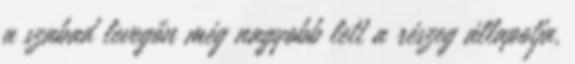
a szabad levegőn még nagyobb lett a részeg állapotja,